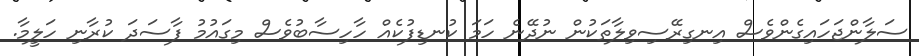
ސަލާންޖަހައިގެންވެސް އިނގިރޭސިވިލާތަކުން ނުދޭނެ ހަމަ ކުނޑިފުކެއް ހާހިސާބުވެސް މިގައުމު ފާސަދަ ކުރާނި ހަލީމާ.